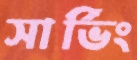
সার্ভিং